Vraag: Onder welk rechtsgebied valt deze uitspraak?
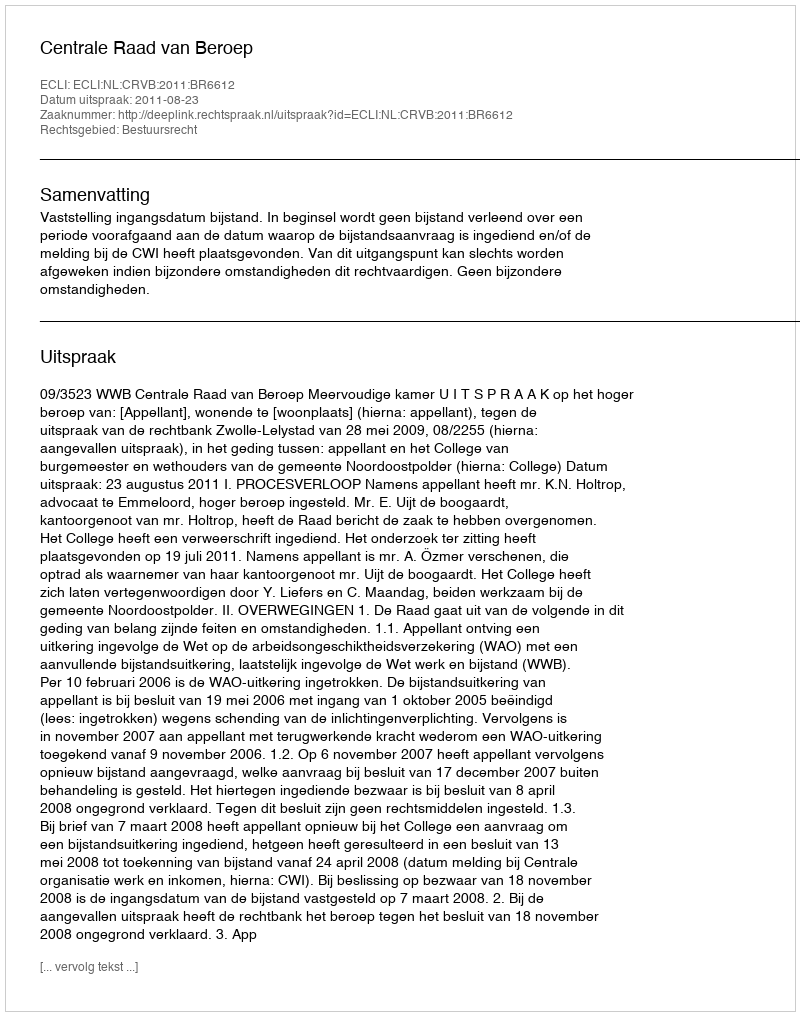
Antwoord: Bestuursrecht